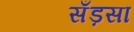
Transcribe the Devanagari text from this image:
सँड़सा